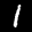
Label: 1